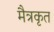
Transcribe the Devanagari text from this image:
मैत्रकृत